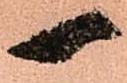
一